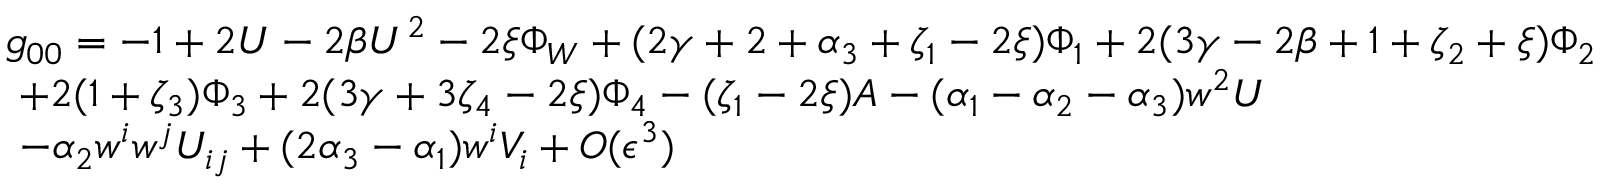
{ \begin{array} { l } { g _ { 0 0 } = - 1 + 2 U - 2 \beta U ^ { 2 } - 2 \xi \Phi _ { W } + ( 2 \gamma + 2 + \alpha _ { 3 } + \zeta _ { 1 } - 2 \xi ) \Phi _ { 1 } + 2 ( 3 \gamma - 2 \beta + 1 + \zeta _ { 2 } + \xi ) \Phi _ { 2 } } \\ { \ + 2 ( 1 + \zeta _ { 3 } ) \Phi _ { 3 } + 2 ( 3 \gamma + 3 \zeta _ { 4 } - 2 \xi ) \Phi _ { 4 } - ( \zeta _ { 1 } - 2 \xi ) A - ( \alpha _ { 1 } - \alpha _ { 2 } - \alpha _ { 3 } ) w ^ { 2 } U } \\ { \ - \alpha _ { 2 } w ^ { i } w ^ { j } U _ { i j } + ( 2 \alpha _ { 3 } - \alpha _ { 1 } ) w ^ { i } V _ { i } + O ( \epsilon ^ { 3 } ) } \end{array} }